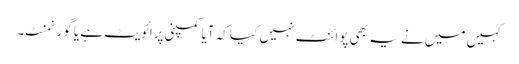
کہیں میں نے یہ بھی پوائنٹ نہیں کیا کہ آیا کمپنی پرائویٹ ہے یا گورنمنٹ۔